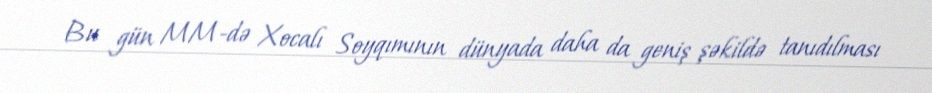
Bu gün MM-də Xocalı Soyqımının dünyada daha da geniş şəkildə tanıdılması